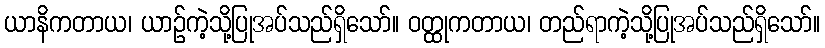
ယာနိကတာယ၊ ယာဉ်ကဲ့သို့ပြုအပ်သည်ရှိသော်။ ဝတ္ထုကတာယ၊ တည်ရာကဲ့သို့ပြုအပ်သည်ရှိသော်။